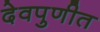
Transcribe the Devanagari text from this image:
देवपुणीत